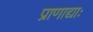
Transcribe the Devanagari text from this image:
प्राणाद्याः